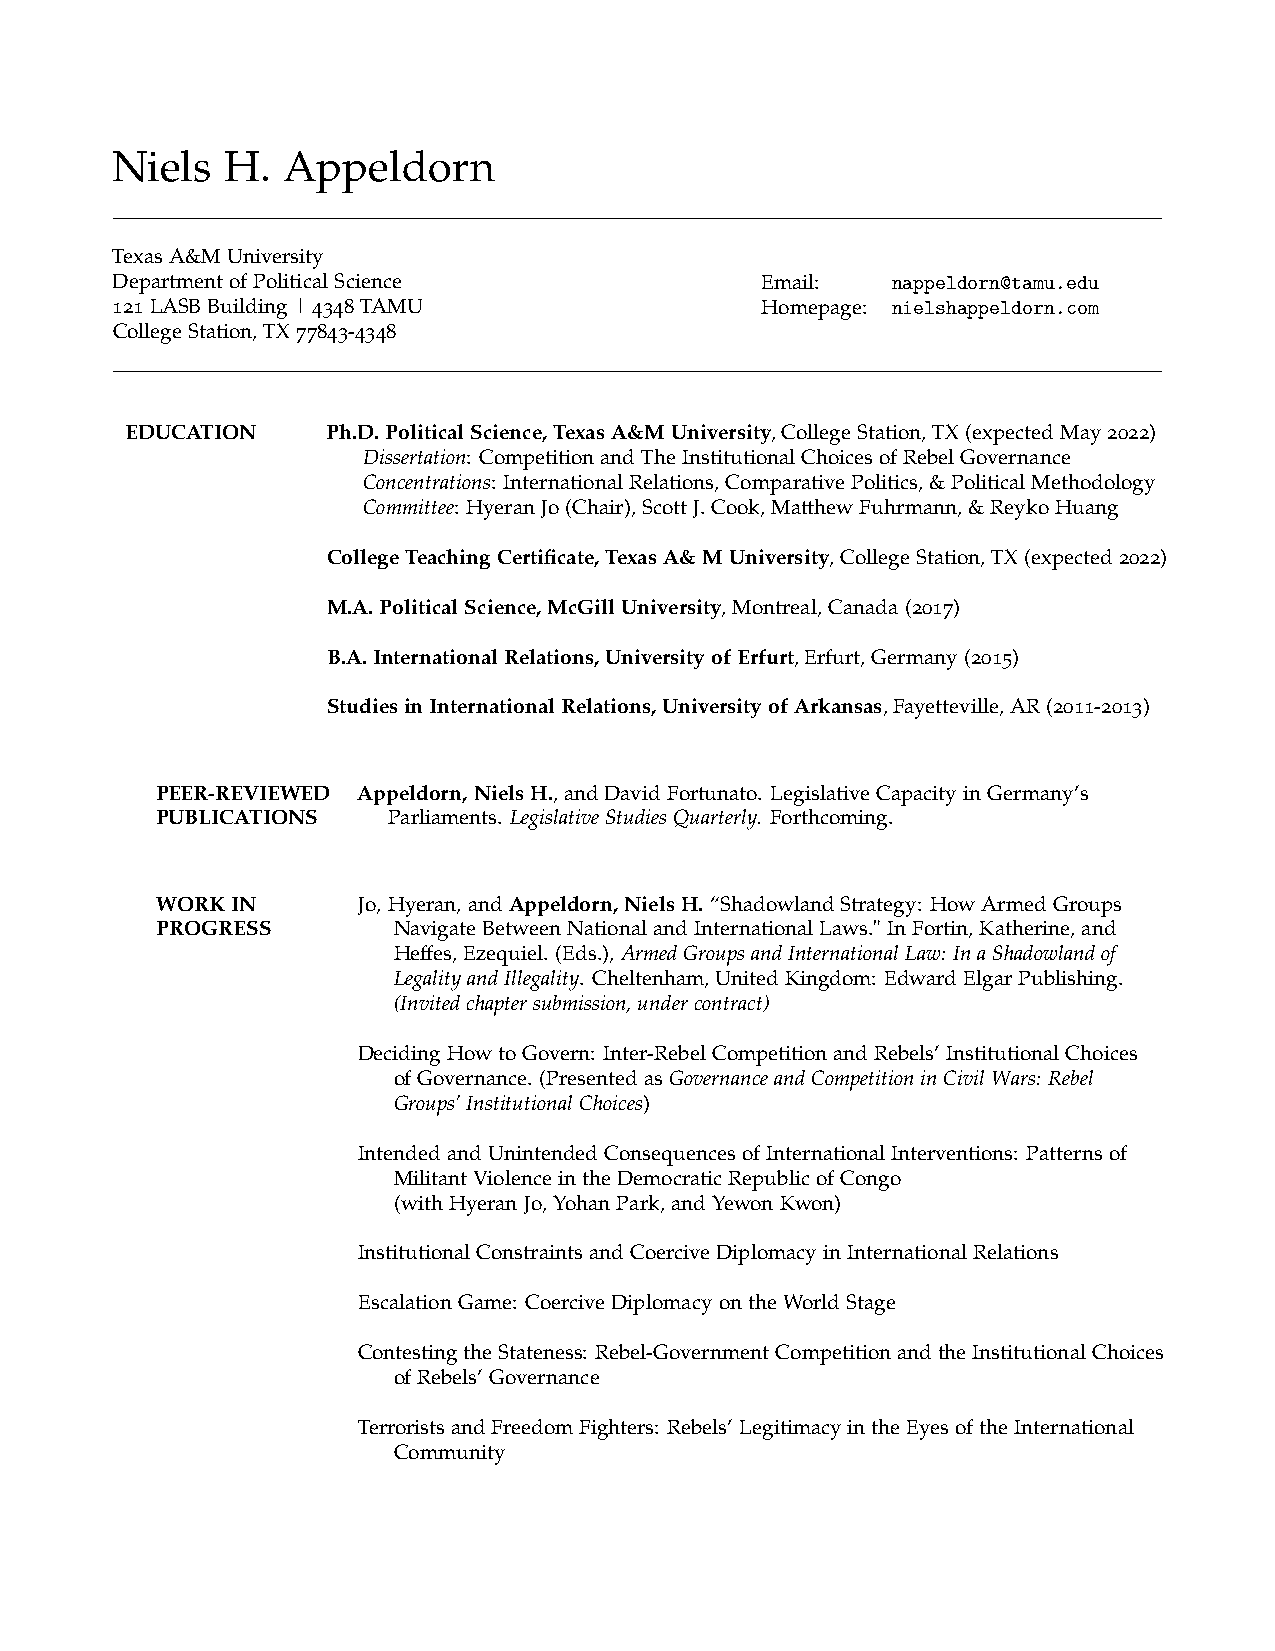
Niels   H.  Appeldorn
 TexasA&MUniversity
 DepartmentofPoliticalScience               Email:   nappeldorn@tamu.edu
 121LASBBuilding|4348TAMU                   Homepage: nielshappeldorn.com
 CollegeStation,TX77843-4348
 EDUCATION     Ph.D.PoliticalScience,TexasA&MUniversity,CollegeStation,TX(expectedMay2022)
 Dissertation: CompetitionandTheInstitutionalChoicesofRebelGovernance
 Concentrations: InternationalRelations,ComparativePolitics,&PoliticalMethodology
 Committee: HyeranJo(Chair),ScottJ.Cook,MatthewFuhrmann,&ReykoHuang
 CollegeTeachingCertificate,TexasA&MUniversity,CollegeStation,TX(expected2022)
 M.A.PoliticalScience,McGillUniversity,Montreal,Canada(2017)
 B.A.InternationalRelations,UniversityofErfurt,Erfurt,Germany(2015)
 StudiesinInternationalRelations,UniversityofArkansas,Fayetteville,AR(2011-2013)
 PEER-REVIEWED Appeldorn,NielsH.,andDavidFortunato. LegislativeCapacityinGermany’s
 PUBLICATIONS    Parliaments. LegislativeStudiesQuarterly. Forthcoming.
 WORKIN        Jo,Hyeran,andAppeldorn,NielsH.“ShadowlandStrategy: HowArmedGroups
 PROGRESS        NavigateBetweenNationalandInternationalLaws."InFortin,Katherine,and
 Heffes,Ezequiel. (Eds.),ArmedGroupsandInternationalLaw: InaShadowlandof
 LegalityandIllegality. Cheltenham,UnitedKingdom: EdwardElgarPublishing.
 (Invitedchaptersubmission,undercontract)
 DecidingHowtoGovern: Inter-RebelCompetitionandRebels’InstitutionalChoices
 ofGovernance. (PresentedasGovernanceandCompetitioninCivilWars: Rebel
 Groups’InstitutionalChoices)
 IntendedandUnintendedConsequencesofInternationalInterventions: Patternsof
 MilitantViolenceintheDemocraticRepublicofCongo
 (withHyeranJo,YohanPark,andYewonKwon)
 InstitutionalConstraintsandCoerciveDiplomacyinInternationalRelations
 EscalationGame: CoerciveDiplomacyontheWorldStage
 ContestingtheStateness: Rebel-GovernmentCompetitionandtheInstitutionalChoices
 ofRebels’Governance
 TerroristsandFreedomFighters: Rebels’LegitimacyintheEyesoftheInternational
 Community